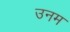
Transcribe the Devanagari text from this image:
उनम